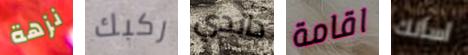
نزهة ركبك داندي اقامة أسألك